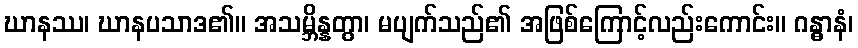
ဃာနဿ၊ ဃာနပသာဒ၏။ အသမ္ဘိန္နတွာ၊ မပျက်သည်၏ အဖြစ်ကြောင့်လည်းကောင်း။ ဂန္ဓာနံ၊